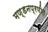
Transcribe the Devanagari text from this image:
मण्डनप्रणीत